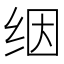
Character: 𬘡